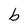
Character: b